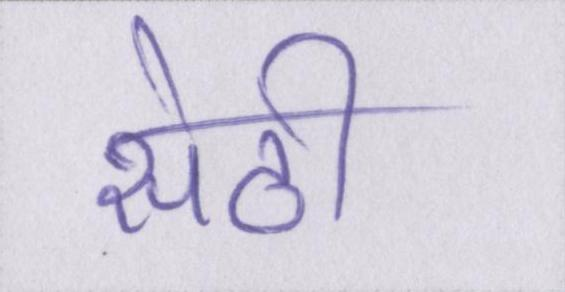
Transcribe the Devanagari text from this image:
सेठी